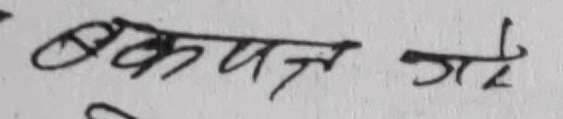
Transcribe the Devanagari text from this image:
बक्यौता गए